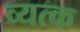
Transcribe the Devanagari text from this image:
व्यत्क